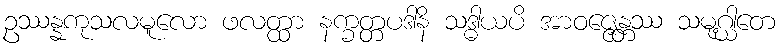
ဥဿန္နကုသလမူလော ဖလတ္ထာ နက္ခတ္တပဒါနိ သဒ္ဓါယပိ အာဝဇ္ဇေန္တဿ သမုဂ္ဃါတေ